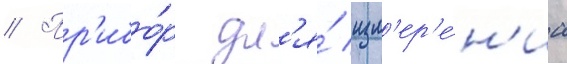
// Пр'ибо́р дл'я́ изм'ер'е́н'иа